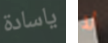
ياسادة لا